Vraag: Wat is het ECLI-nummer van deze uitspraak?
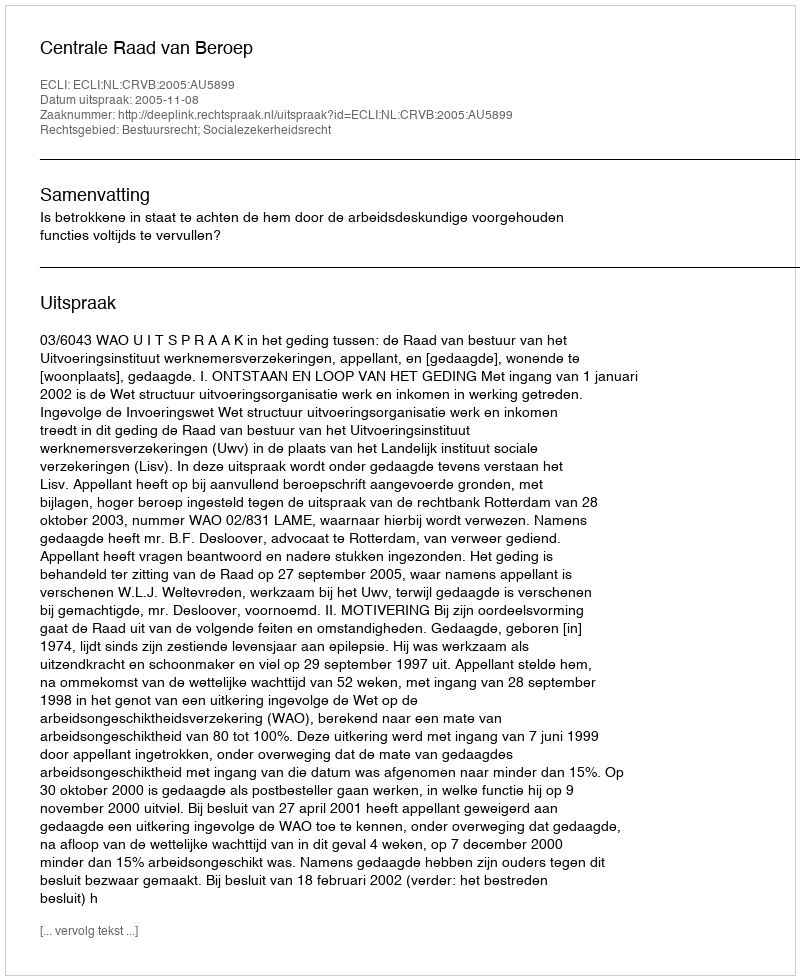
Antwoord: ECLI:NL:CRVB:2005:AU5899